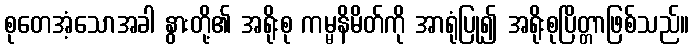
စုတေအံ့သောအခါ နွားတို့၏ အရိုးစု ကမ္မနိမိတ်ကို အာရုံပြု၍ အရိုးစုပြိတ္တာဖြစ်သည်။